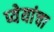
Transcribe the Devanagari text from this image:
प्येयांचा